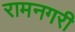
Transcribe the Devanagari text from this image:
रामनगरी